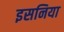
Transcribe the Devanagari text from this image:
इसनिया